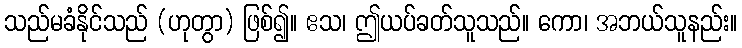
သည်မခံနိုင်သည် (ဟုတွာ) ဖြစ်၍။ ဧသ၊ ဤယပ်ခတ်သူသည်။ ကော၊ အဘယ်သူနည်း။